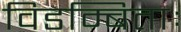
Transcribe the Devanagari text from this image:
विडम्बिताः